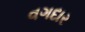
વગદાર